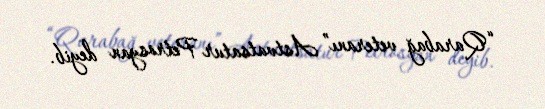
“Qarabağ veteranı” Astvatsatur Petrosyan deyib.